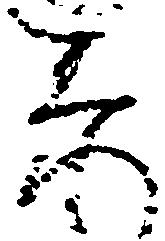
忝